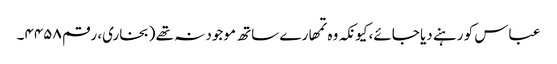
عباس کو رہنے دیا جائے، کیونکہ وہ تمھارے ساتھ موجود نہ تھے (بخاری، رقم ۴۴۵۸۔